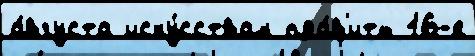
а́вгуста иску́сствам пра́в'ить 16-е